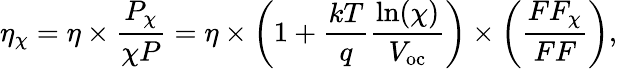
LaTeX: \eta_{\chi}=\eta\times{\frac{P_{\chi}}{\chi P}}=\eta\times\left({1+{\frac{kT}{q}}}{\frac{\ln(\chi)}{V_{\mathrm{oc}}}}\right)\times\left({\frac{FF_{\chi}}{FF}}\right),